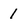
Character: 1